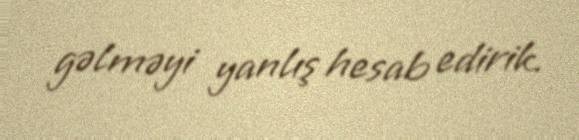
gəlməyi yanlış hesab edirik.